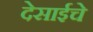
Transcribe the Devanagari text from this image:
देसाईचे